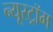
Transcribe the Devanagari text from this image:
न्यूस्ट्रॉम